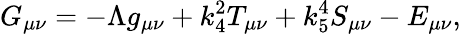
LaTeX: G_{\mu\nu}=-\Lambda g_{\mu\nu}+k_{4}^{2}T_{\mu\nu}+k_{5}^{4}S_{\mu\nu}-E_{\mu\nu},